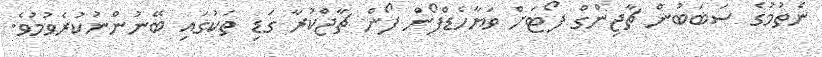
ނެތުމުގެ ސަބަބުން ޗާޖިންގް ފޯޓަށް ވަޔާހެޑްފޯން ފޯން ޗާޖްކުރާ ގަޑި ތަކުގައި ބޭނުންނުކުރެވުމުވެ.